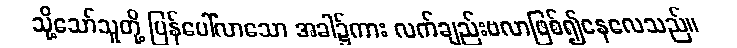
သို့သော်သူတို့ ပြန်ပေါ်လာသော အခါ၌ကား လက်ချည်းဗလာဖြစ်၍နေလေသည်။